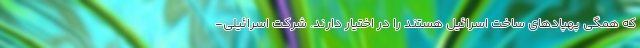
که همگی پهپادهای ساخت اسرائیل هستند را در اختیار دارند. شرکت اسرائیلی-